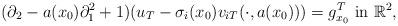
LaTeX: \begin{align*} (\partial_2 - a(x_0)\partial_1^2 +1) (u_T - \sigma_i(x_0) v_{iT}(\cdot, a(x_0))) = g_{x_0}^T \textrm{ in } \mathbb{R}^2, \end{align*}